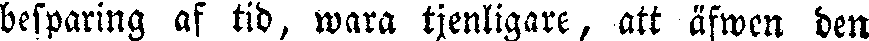
besparing af tid, wara tjenligare, att äfwen den